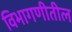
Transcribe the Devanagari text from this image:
विभागणीतील